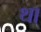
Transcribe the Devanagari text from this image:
था